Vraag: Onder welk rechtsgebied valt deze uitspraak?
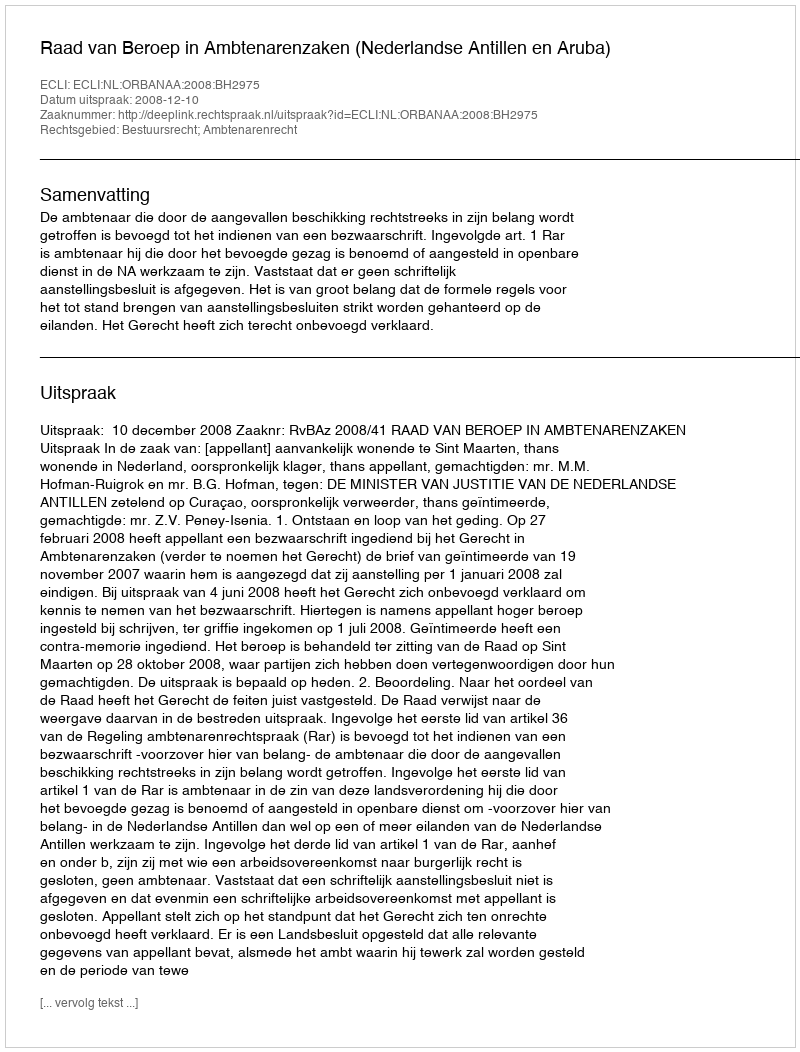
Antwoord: Bestuursrecht; Ambtenarenrecht